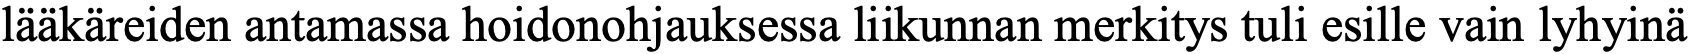
lääkäreiden antamassa hoidonohjauksessa liikunnan merkitys tuli esille vain lyhyinä